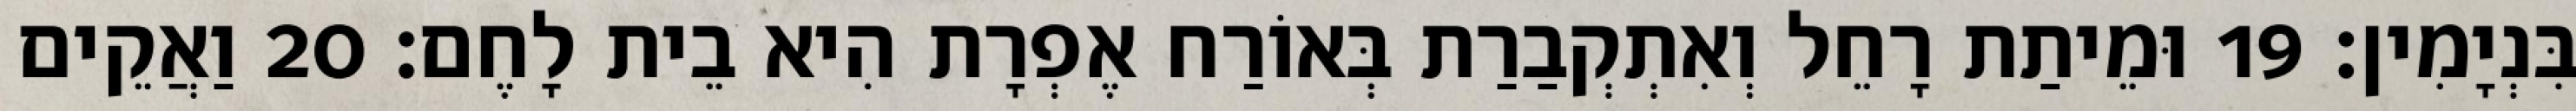
בִּנְיָמִין׃ 19 וּמֵיתַת רָחֵל וְאִתְקְבַרַת בְּאוֹרַח אֶפְרָת הִיא בֵית לָחֶם׃ 20 וַאֲקֵים